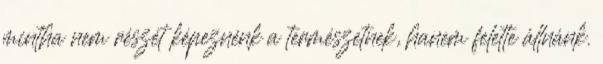
mintha nem részét képeznénk a természetnek, hanem felette állnánk.